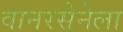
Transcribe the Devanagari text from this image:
वानरसेनेला